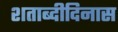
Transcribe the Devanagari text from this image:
शताब्दीदिनास